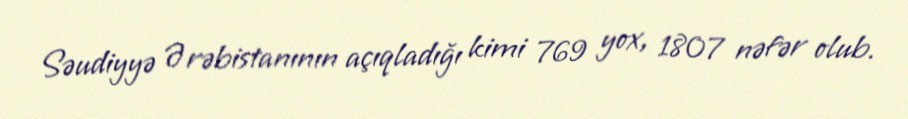
Səudiyyə Ərəbistanının açıqladığı kimi 769 yox, 1807 nəfər olub.